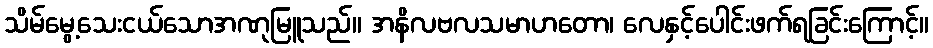
သိမ်မွေ့သေးငယ်သောအဏုမြူသည်။ အနိလဗလသမာဟတော၊ လေနှင့်ပေါင်းဖက်ရခြင်းကြောင့်။